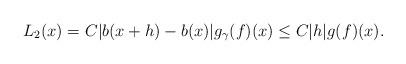
LaTeX: \begin{align*}L_2(x)=C\displaystyle|b(x+h)-b(x)|g_\gamma(f)(x)\leq C\displaystyle |h|g(f)(x).\end{align*}